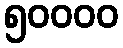
၅၀၀၀၀